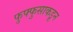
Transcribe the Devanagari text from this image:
फुफ्फुसाकडून